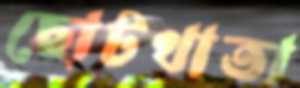
ছোটখাতা